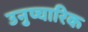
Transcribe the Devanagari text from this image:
उनुप्चारिक